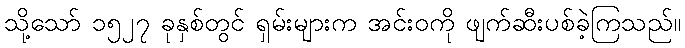
သို့သော် ၁၅၂၇ ခုနှစ်တွင် ရှမ်းများက အင်းဝကို ဖျက်ဆီးပစ်ခဲ့ကြသည်။